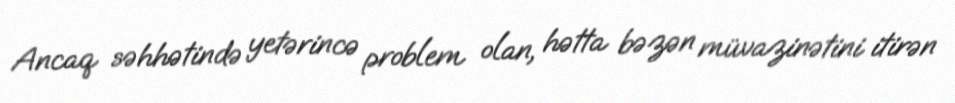
Ancaq səhhətində yetərincə problem olan, hətta bəzən müvazinətini itirən